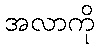
အလာကို